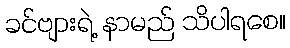
ခင်ဗျားရဲ့ နာမည် သိပါရစေ။